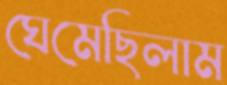
ঘেমেছিলাম